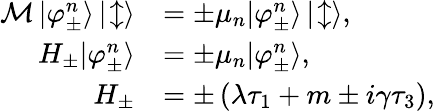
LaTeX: \begin{array}{rl}{\mathcal{M}\, |\varphi_{\pm}^{n}\rangle\, |\! \updownarrow\rangle}&{=\pm\mu_{n}|\varphi_{\pm}^{n}\rangle\, |\! \updownarrow\rangle,}\\ {H_{\pm}|\varphi_{\pm}^{n}\rangle}&{=\pm\mu_{n}|\varphi_{\pm}^{n}\rangle,}\\ {H_{\pm}}&{=\pm\left(\lambda\tau_{1}+m\pm i\gamma\tau_{3}\right),}\end{array}